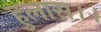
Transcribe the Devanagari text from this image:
हुलास।।